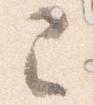
已